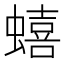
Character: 蟢